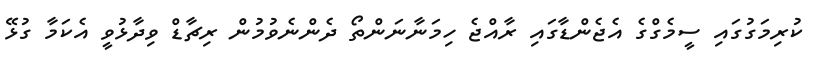
ކުރިމަގުގައި ސީމެގްގެ އެޖެންޑާގައި ރާއްޖެ ހިމަނާނަންތޯ ދެންނެވުމުން ރިޗާޑް ވިދާޅުވީ އެކަމާ ގުޅޭ